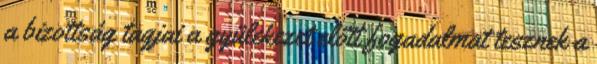
a bizottság tagjai a gyülekezet előtt fogadalmat tesznek a